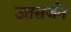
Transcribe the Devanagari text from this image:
उतसर्जन